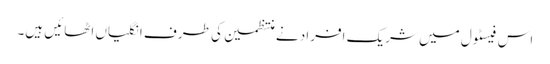
اس فیسٹول میں شریک افراد نے منتظمین کی طرف انگلیاں اٹھائیں ہیں۔